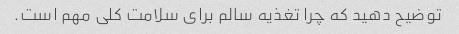
توضیح دهید که چرا تغذیه سالم برای سلامت کلی مهم است.